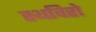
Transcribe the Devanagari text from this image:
स्थविरो